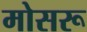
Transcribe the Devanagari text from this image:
मोसरू